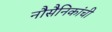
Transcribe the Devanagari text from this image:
नौसैनिकांची